Account of plague administration in the Bombay Presidency from September 1896 till May 1897
Year: 1896
Disease focus: Plague
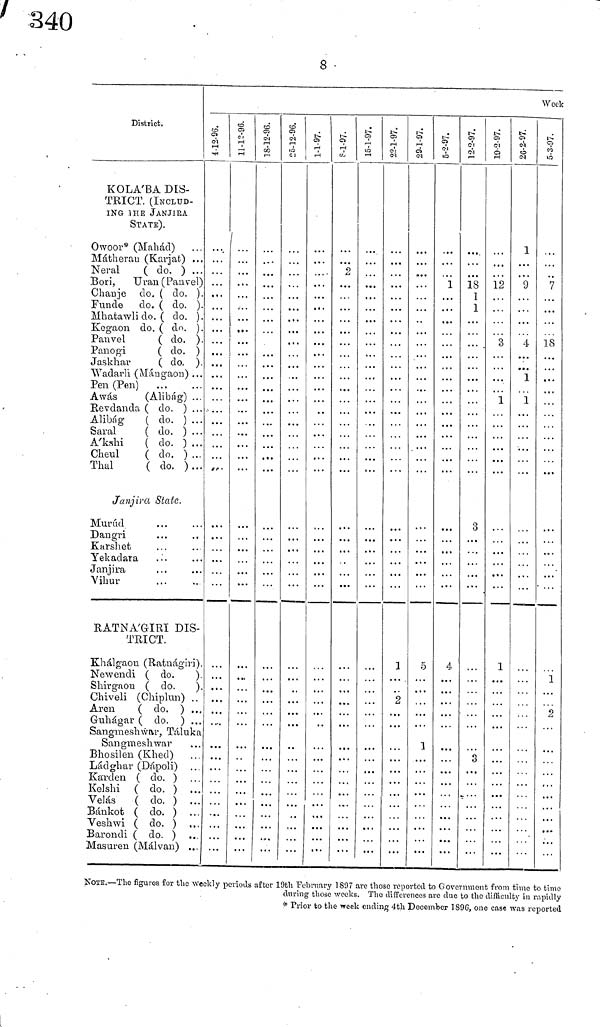
8
District.
KOLA'BA DIS-
TRICT. (INCLUD-
ING THE JANJIRA
STATE).
Owoor* (Mahád)
Matherau (Karjat) ...
Neral
( do. ) ...
Bori, Uran(Panvel)
Chauje do. ( do. ).
Funde do. ( do. ).
Mhatawlido. ( do. ).
Kogaon do. ( do. ).
Panvel
(do. ).
Panogi
( do. )
Jaskhar
( do. ).
Wadarli (Mangaon) ...
Pen (Pen)
A was
(Alibág) ...
Revdanda ( do. ) ...
Alibág
( do. ) ...
Saral
( do. ) ...
A'kshi
( do. ) ...
Cheul
( do. ) ,..
Thal
( do. )..
Janjira State.
Murúd
Dangri
...
..
Karshet
Yekadara
Janjira
Vihur
RATNA'GIRI DIS-
TRICT.
Khálgaon (Ratnágiri)
Newendi ( do.
)
Shirgaou ( do.
)
Chiveli (Chiplun) ..
Aren
( do. ) ...
Guhágar ( do. ) ..
Sangmeshwar, Táluka
Sangmeshwar
Bhosilen (Khed)
Ládghar (Dápoli) ...
Karden ( do. )
Kelshi ( do. ) ...
Velas
( do. ) ...
Bánkot ( do. ) ...
Veshwi ( do. )
Barondi ( do. ) ...
Masaren (Malvan) ...
4-12-96.
·
11-12-96.
. . ·
18-12-96.
25-12-96.
1-1-97.
8-1-97.
...
15-1-97.
22-1-97.
1
2
29-1-7.
0
1
5-2-97.
1
4
12-2-97.
18
1
1
3
3
19-2-97.
12
. . .
. · -
3
1
1
...
26-2-97.
1
9
. . .
4
1
1
Week
5-3-97.
...
7
18
...
...
. . .
1
2
.
.
.
. . .
NOTE.—The figures for the weekly periods after 19th February 1897 are these reported to Government from time to timo
during those weeks. The differences are due to the difficulty in rapidly
* Prior to the week ending 4th December 1896, one case was reported